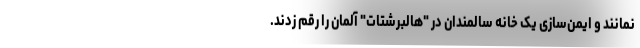
نمانند و ایمن‌سازی یک خانه سالمندان در "هالبرشتات" آلمان را رقم زدند.